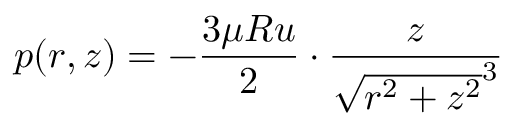
p ( r , z ) = - { \frac { 3 \mu R u } { 2 } } \cdot { \frac { z } { { \sqrt { r ^ { 2 } + z ^ { 2 } } } ^ { 3 } } }